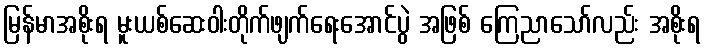
မြန်မာအစိုးရ မူးယစ်ဆေးဝါးတိုက်ဖျက်ရေးအောင်ပွဲ အဖြစ် ကြေညာသော်လည်း အစိုးရ